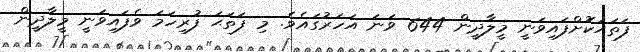
ފަތަޙަކޮށްފައިވަނީ މީލާދީން 644 ވަނަ އަހަރުގައެވެ. މި ފަތަޙަ ފުރިހަމަ ވެފައިވަނީ މީލާދީން